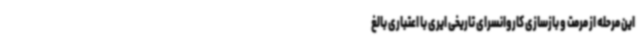
این مرحله از مرمت و بازسازی کاروانسرای تاریخی ایری با اعتباری بالغ